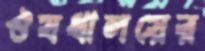
ঔষধালয়ের